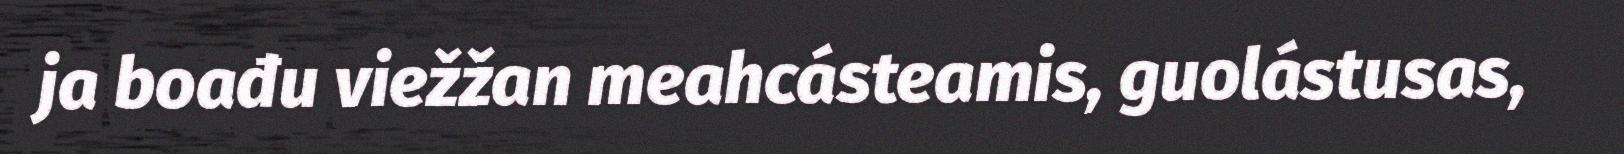
ja boađu viežžan meahcásteamis, guolástusas,